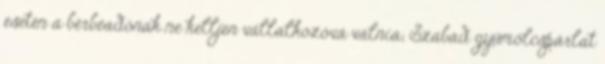
esetén a bérbeadónak ne kelljen vállalkozóvá válnia; Szabad gyümölcspárlat